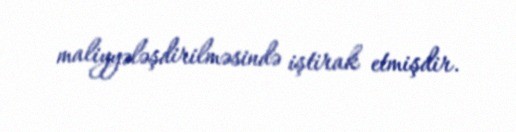
maliyyələşdirilməsində iştirak etmişdir.